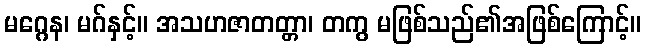
မဂ္ဂေန၊ မဂ်နှင့်။ အသဟဇာတတ္တာ၊ တကွ မဖြစ်သည်၏အဖြစ်ကြောင့်။